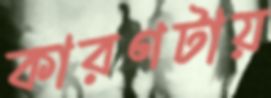
কারণটায়